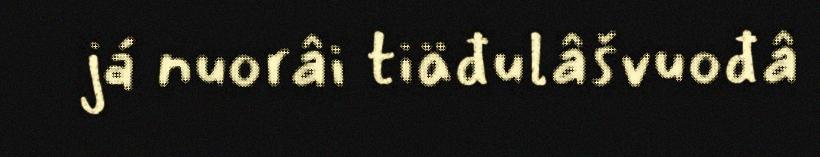
já nuorâi tiäđulâšvuođâ